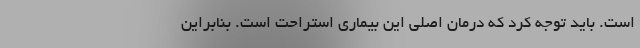
است. باید توجه کرد که درمان اصلی این بیماری استراحت است. بنابراین